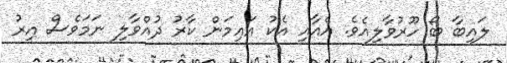
ލައިބާ ބޯ ހޫރުވާލިއެވެ. އެއާއި އެކު އައިމަން ކާރު ދުއްވާލި ނަމަވެސް އިރު